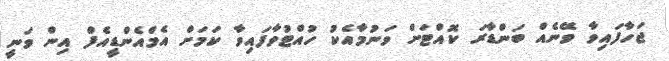
ޖަހާފައިވާ ވޭނެއް ބަންޑާރަ ކޮއްޓަށް ވަނުމާއެކު ހުއްޓުވާފައިވާ ކަމަށް އެމްއެންޑީއެފް އިން ވަނީ